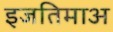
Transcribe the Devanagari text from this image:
इजतिमाअ